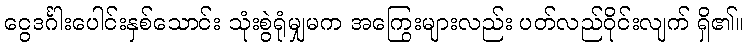
ငွေဒင်္ဂါးပေါင်းနှစ်သောင်း သုံးစွဲရုံမျှမက အကြွေးများလည်း ပတ်လည်ဝိုင်းလျက် ရှိ၏။